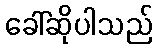
ခေါ်ဆိုပါသည်